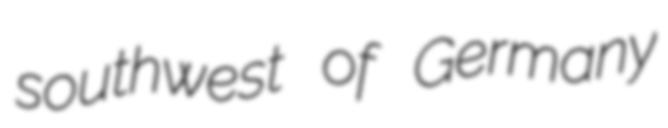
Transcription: southwest of Germany